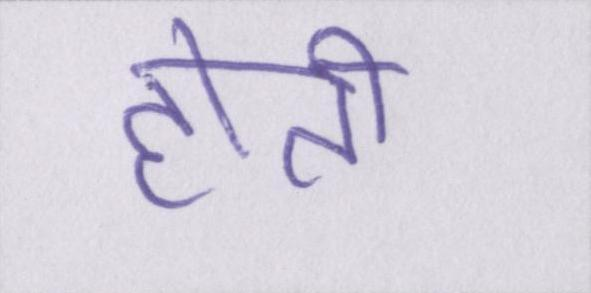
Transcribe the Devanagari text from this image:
होती